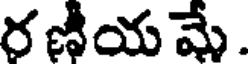
ర ణీయ మే .